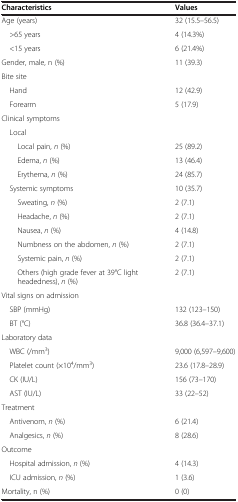
| Characteristics | Values |
 | --- | --- |
 | Age (years) | 32 (15.5–56.5) |
 | >65 years | 4 (14.3%) |
 | <15 years | 6 (21.4%) |
 | Gender, male, n (%) | 11 (39.3) |
 | Bite site |  |
 | Hand | 12 (42.9) |
 | Forearm | 5 (17.9) |
 | Clinical symptoms |  |
 | Local |  |
 | Local pain, n (%) | 25 (89.2) |
 | Edema, n (%) | 13 (46.4) |
 | Erythema, n (%) | 24 (85.7) |
 | Systemic symptoms | 10 (35.7) |
 | Sweating, n (%) | 2 (7.1) |
 | Headache, n (%) | 2 (7.1) |
 | Nausea, n (%) | 4 (14.8) |
 | Numbness on the abdomen, n (%) | 2 (7.1) |
 | Systemic pain, n (%) | 2 (7.1) |
 | Others (high grade fever at 39°C light headedness), n (%) | 2 (7.1) |
 | Vital signs on admission |  |
 | SBP (mmHg) | 132 (123–150) |
 | BT (°C) | 36.8 (36.4–37.1) |
 | Laboratory data |  |
 | WBC (/mm3) | 9,000 (6,597–9,600) |
 | Platelet count (×104/mm3) | 23.6 (17.8–28.9) |
 | CK (IU/L) | 156 (73–170) |
 | AST (IU/L) | 33 (22–52) |
 | Treatment |  |
 | Antivenom, n (%) | 6 (21.4) |
 | Analgesics, n (%) | 8 (28.6) |
 | Outcome |  |
 | Hospital admission, n (%) | 4 (14.3) |
 | ICU admission, n (%) | 1 (3.6) |
 | Mortality, n (%) | 0 (0) |